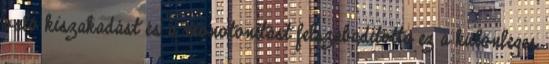
való kiszakadást és a monotonitást felszabadította ez a különleges